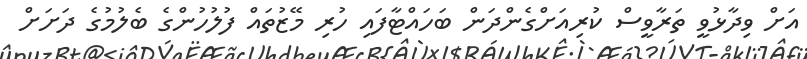
އަށް ވިދާޅުވީ ތަރާވީސް ކުރިއަށްގެންދަން ބަހައްޓާފައި ހުރި މޭޒުތައް ފުލުހުންގެ ބެލުމުގެ ދަށަށް